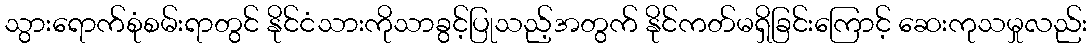
သွားရောက်စုံစမ်းရာတွင် နိုင်ငံသားကိုသာခွင့်ပြုသည့်အတွက် နိုင်ကတ်မရှိခြင်းကြောင့် ဆေးကုသမှုလည်း